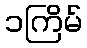
၁ကြိမ်